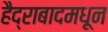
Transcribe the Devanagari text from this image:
हैद्राबादमधून